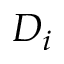
D _ { i }